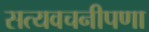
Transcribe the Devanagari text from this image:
सत्यवचनीपणा